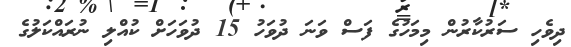
ދިވެހި ސަރުކާރުން މިމަހުގެ ފަސް ވަނަ ދުވަހު 15 ދުވަހަށް ކުއްލި ނުރައްކަލުގެ